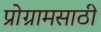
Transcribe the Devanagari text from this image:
प्रोग्रामसाठी